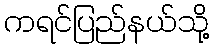
ကရင်ပြည်နယ်သို့